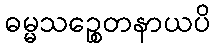
ဓမ္မသဉ္စေတနာယပိ